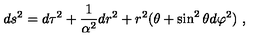
d s ^ { 2 } = d \tau ^ { 2 } + \frac { 1 } { \alpha ^ { 2 } } d r ^ { 2 } + r ^ { 2 } ( \theta + \sin ^ { 2 } \theta d \varphi ^ { 2 } ) \ ,